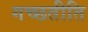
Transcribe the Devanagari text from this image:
गच्छतीति